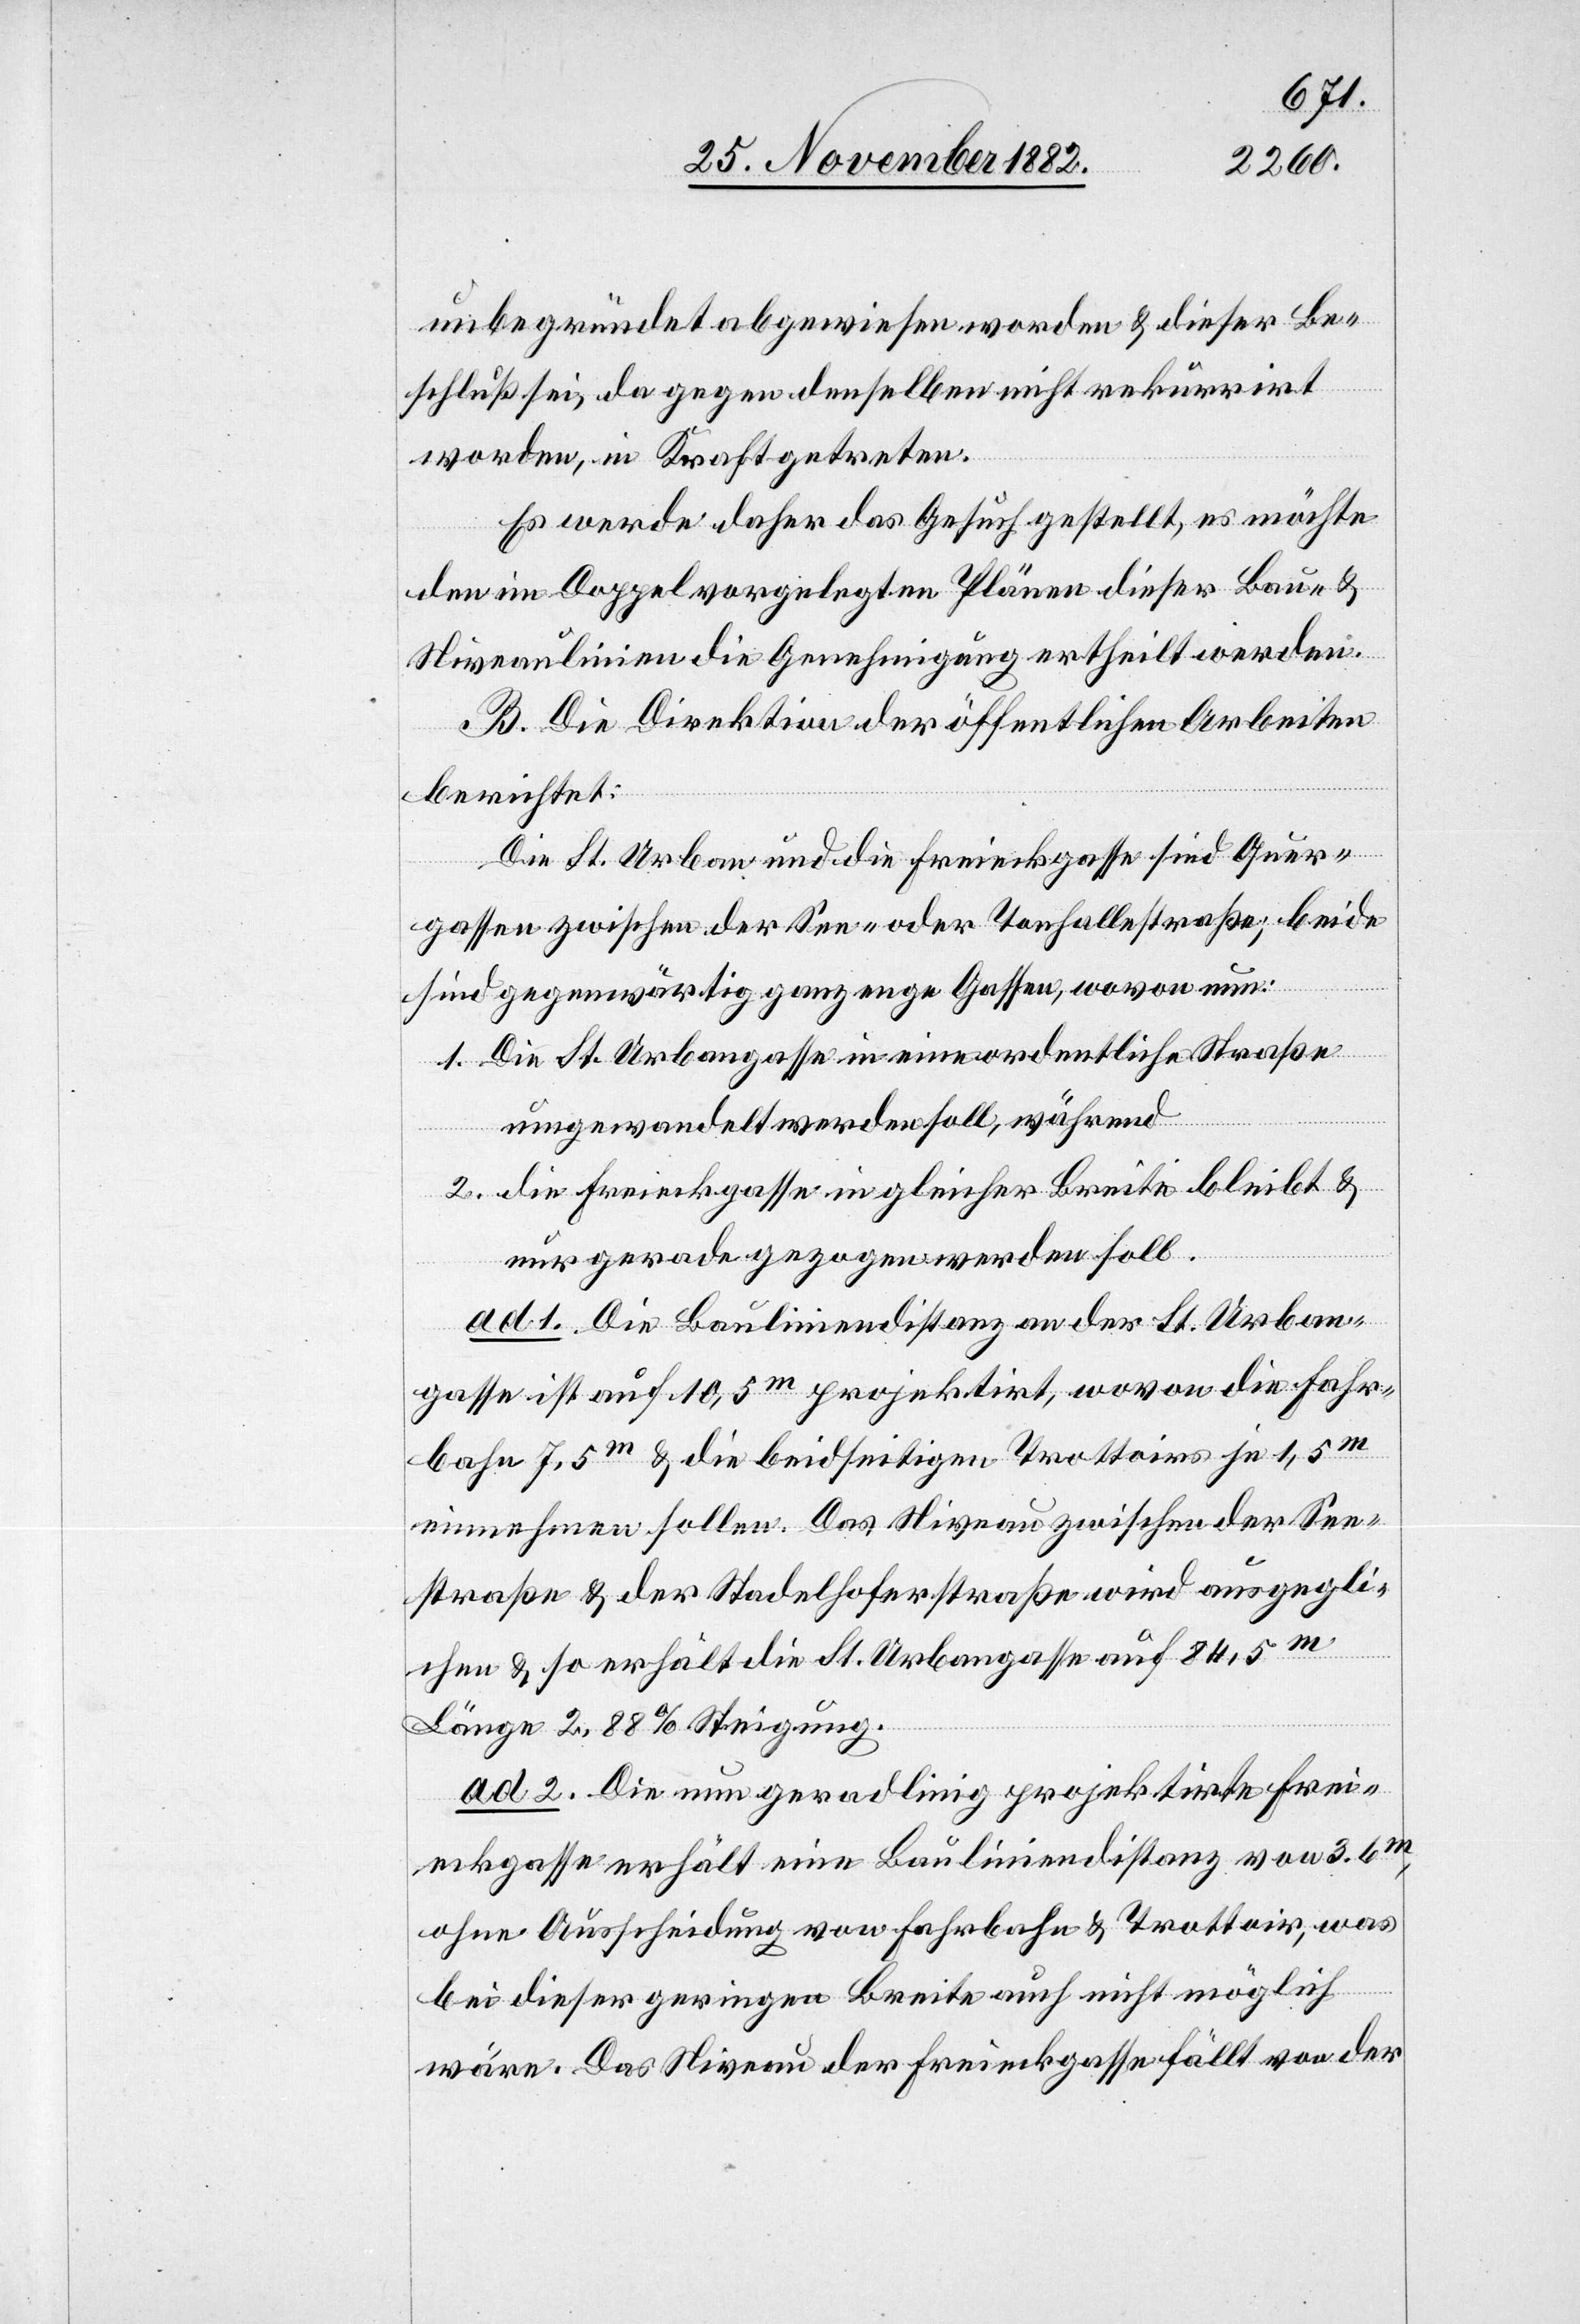
begründet abgewiesen worden & dieser Be¬
schluß sei, da gegen denselben nicht rekurrirt
worden, in Kraft getreten.
Es werde daher das Gesuch gestellt, es möchte
den im Doppel vorgelegten Plänen dieser Bau- &
Niveaulinien die Genehmigung ertheilt werden.
B. Die Direktion der öffentlichen Arbeiten
berichtet:
Die St. Urban und die Freieckgasse sind Quer¬
gassen zwischen der See- oder Tonhallestraße; beide
sind gegenwärtig ganz enge Gassen, wovon nun:
1. Die St. Urbangasse in eine ordentliche Straße
umgewandelt werden soll, während
2. die Freieckgasse in gleicher Breite bleibt &
nur gerade gezogen werden soll.
ad 1. Die Bauliniendistanz an der St. Urban¬
gasse ist auf 10,5m projektirt, wovon die Fahr¬
bahn 7,5m & die beidseitigen Trottoirs je 1,5m
einnehmen sollen. Das Niveau zwischen der See¬
straße & der Stadelhoferstraße wird ausgegli¬
chen & so erhält die St. Urbangasse auf 84,5m
Länge 2,88% Steigung.
ad 2. Die nun geradlinig projektirte Frei¬
eckgasse erhält eine Bauliniendistanz von 3.6m,
ohne Ausscheidung von Fahrbahn & Trottoir, was
bei dieser geringen Breite auch nicht möglich
wäre. Das Niveau der Freieckgasse fällt von der